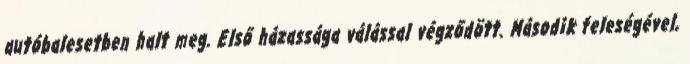
autóbalesetben halt meg. Első házassága válással végződött. Második feleségével,